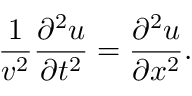
{ \frac { 1 } { v ^ { 2 } } } { \frac { \partial ^ { 2 } u } { \partial t ^ { 2 } } } = { \frac { \partial ^ { 2 } u } { \partial x ^ { 2 } } } .